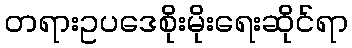
တရားဥပဒေစိုးမိုးရေးဆိုင်ရာ